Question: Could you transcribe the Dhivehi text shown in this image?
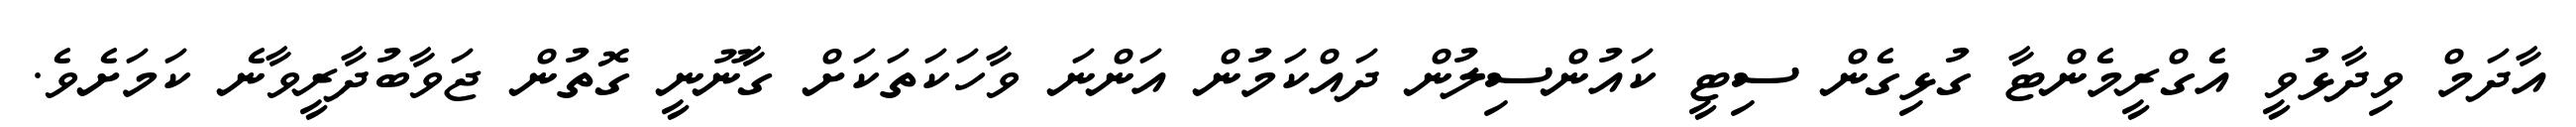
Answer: އާދަމް ވިދާޅުވީ އެގްރީމެންޓާ ގުޅިގެން ސިޓީ ކައުންސިލުން ދައްކަމުން އަންނަ ވާހަކަތަކަށް ގާނޫނީ ގޮތުން ޖަވާބުދާރީވާނެ ކަމަށެވެ.